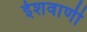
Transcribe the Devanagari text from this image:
ईशवाणी